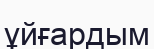
ұйғардым